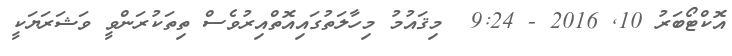
އޮކްޓޯބަރު 10